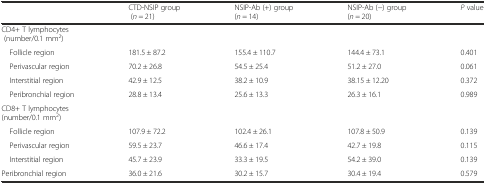
<table><thead><tr><td></td><td><b>CTD-NSIP group (<i>n</i> = 21)</b></td><td><b>NSIP-Ab (+) group (<i>n</i> = 14)</b></td><td><b>NSIP-Ab (−) group (<i>n</i> = 20)</b></td><td><b><i>P</i> value</b></td></tr></thead><tbody><tr><td colspan="5">CD4+ T lymphocytes (number/0.1 mm<sup>2</sup>)</td></tr><tr><td> Follicle region</td><td>181.5 ± 87.2</td><td>155.4 ± 110.7</td><td>144.4 ± 73.1</td><td>0.401</td></tr><tr><td> Perivascular region</td><td>70.2 ± 26.8</td><td>54.5 ± 25.4</td><td>51.2 ± 27.0</td><td>0.061</td></tr><tr><td> Interstitial region</td><td>42.9 ± 12.5</td><td>38.2 ± 10.9</td><td>38.15 ± 12.20</td><td>0.372</td></tr><tr><td> Peribronchial region</td><td>28.8 ± 13.4</td><td>25.6 ± 13.3</td><td>26.3 ± 16.1</td><td>0.989</td></tr><tr><td colspan="5">CD8+ T lymphocytes (number/0.1 mm<sup>2</sup>)</td></tr><tr><td> Follicle region</td><td>107.9 ± 72.2</td><td>102.4 ± 26.1</td><td>107.8 ± 50.9</td><td>0.139</td></tr><tr><td> Perivascular region</td><td>59.5 ± 23.7</td><td>46.6 ± 17.4</td><td>42.7 ± 19.8</td><td>0.115</td></tr><tr><td> Interstitial region</td><td>45.7 ± 23.9</td><td>33.3 ± 19.5</td><td>54.2 ± 39.0</td><td>0.139</td></tr><tr><td>Peribronchial region</td><td>36.0 ± 21.6</td><td>30.2 ± 15.7</td><td>30.4 ± 19.4</td><td>0.579</td></tr></tbody></table>